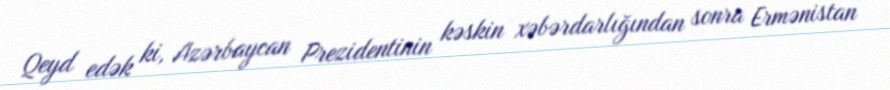
Qeyd edək ki, Azərbaycan Prezidentinin kəskin xəbərdarlığından sonra Ermənistan